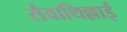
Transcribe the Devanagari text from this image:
सैवाथिल्लाई